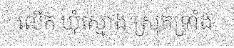
លើក ឃុំស្មោង ស្រុកទ្រាំង